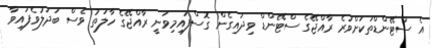
އެ ސްޓޭންޑްތަކަށްވުރެ ރާއްޖޭގެ ސްޓޭންޑް ވިދައިގެން ގޮސްފައިމިވަނީ ރާއްޖޭގެ ހާލަތު ވެސް ބަދަލުވެފައިވާ